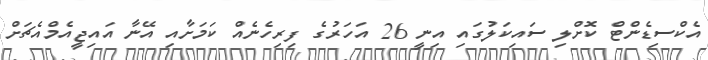
އެކްސިޑެންޓް ކޮށްލި ސައިކަލުގައި އިނީ 26 އަހަރުގެ ފިރިހެނެއް ކަމަށާއި އޭނާ އައިޖީއެމްއެޗަށް